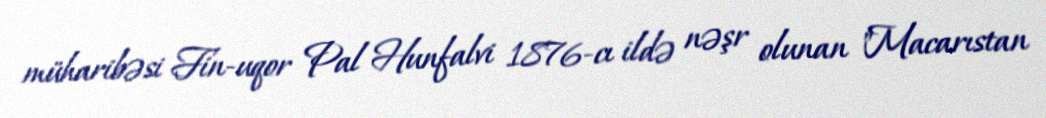
müharibəsi Fin-uqor Pal Hunfalvi 1876-cı ildə nəşr olunan "Macarıstan